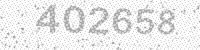
Solution: 402658